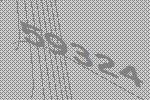
59324